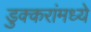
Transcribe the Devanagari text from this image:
डुक्करांमध्ये